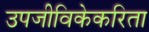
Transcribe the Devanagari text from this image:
उपजीविकेकरिता